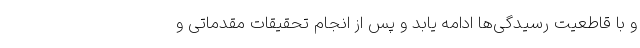
و با قاطعیت رسیدگی‌ها ادامه یابد و پس از انجام تحقیقات مقدماتی و